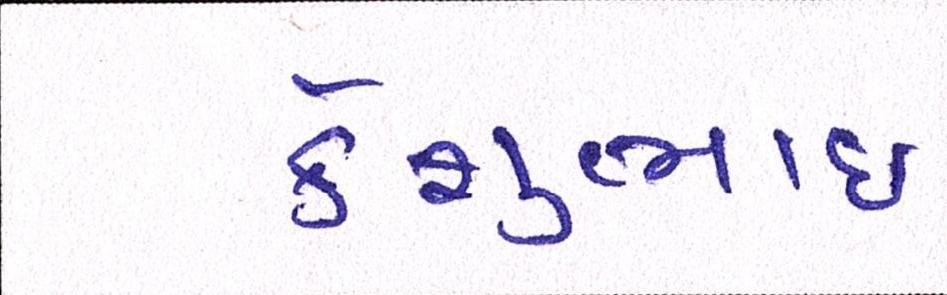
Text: કેશુભાઈ